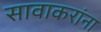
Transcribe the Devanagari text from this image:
सावाकरांना